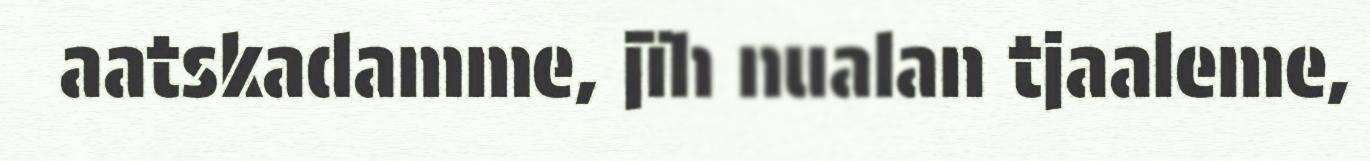
aatskadamme, jïh nualan tjaaleme,